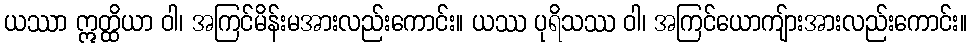
ယဿာ ဣတ္ထိယာ ဝါ၊ အကြင်မိန်းမအားလည်းကောင်း။ ယဿ ပုရိသဿ ဝါ၊ အကြင်ယောကျ်ားအားလည်းကောင်း။